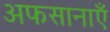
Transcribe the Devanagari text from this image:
अफसानाएँ